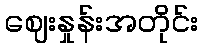
ဈေးနှုန်းအတိုင်း